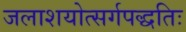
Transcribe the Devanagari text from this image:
जलाशयोत्सर्गपद्धतिः